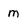
Character: m